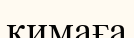
қимаға